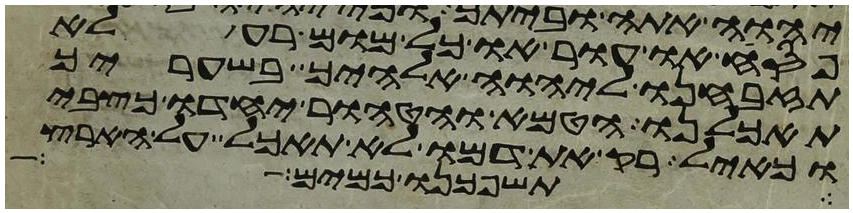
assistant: פסח או עור או כל מום רע לא
תזבחנו ליהוה אלהיך בשעריך
תאכלנו הטמא והטהור יחדו כצבי
וכאיל רק את דמו לא תאכל על הארץ
תשפכנו כמים